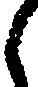
し